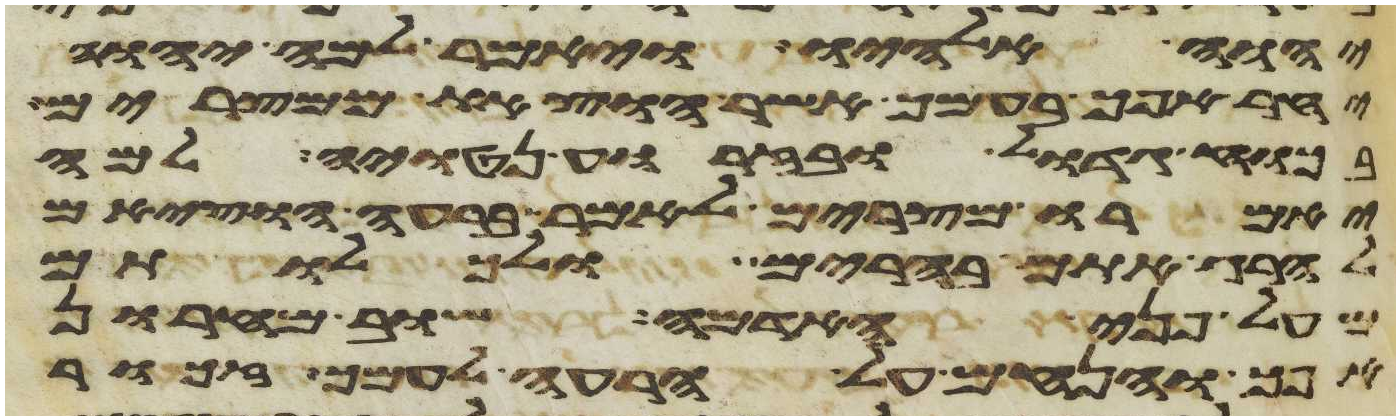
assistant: יהוה אלהיו ויאמר למה יהוה
יחר אפך בעמך אשר הוצאת ממצרים
בכח גדול ובזרוע נטויה למה
יאמרו מצרים לאמר ברעה הוציאם
להרג אתם בהרים ולכלותם
מעל פני האדמה שוב מחרון
אפך והנחם על הרעה לעמך זכור